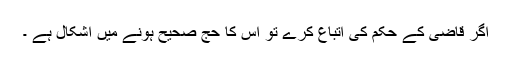
اگر قاضی کے حکم کی اتباع کرے تو اس کا حج صحیح ہونے میں اشکال ہے ۔